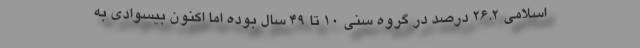
اسلامی ۲۶.۲ درصد در گروه سنی ۱۰ تا ۴۹ سال بوده اما اکنون بیسوادی به